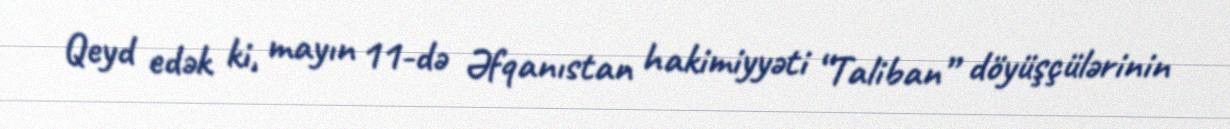
Qeyd edək ki, mayın 11-də Əfqanıstan hakimiyyəti “Taliban” döyüşçülərinin